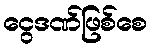
ငွေဒဏ်ဖြစ်စေ